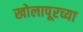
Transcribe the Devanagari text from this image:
खोलापूरच्या